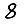
Digit: 8